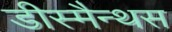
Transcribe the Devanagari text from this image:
डीस्मैन्थस